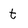
Character: t